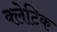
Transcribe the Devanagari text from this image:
क्लेटिक